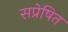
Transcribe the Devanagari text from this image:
सप्रेषित